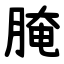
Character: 腌